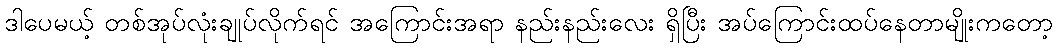
ဒါပေမယ့် တစ်အုပ်လုံးချုပ်လိုက်ရင် အကြောင်းအရာ နည်းနည်းလေး ရှိပြီး အပ်ကြောင်းထပ်နေတာမျိုးကတော့